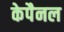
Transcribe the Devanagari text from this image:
केपैनल